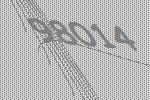
98014